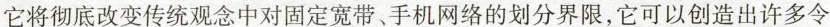
它将彻底改变传统观念中对固定宽带、手机网络的划分界限，它可以创造出许多令